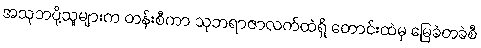
အသုဘပို့သူများက တန်းစီကာ သုဘရာဇာလက်ထဲရှိ တောင်းထဲမှ မြေခဲတခဲစီ